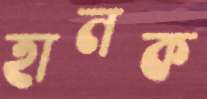
হানক